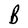
Character: B